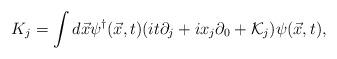
LaTeX: \begin{align*}K_{j} = \int d\vec{x} \psi^{\dag}(\vec{x},t) (i t \partial_{j} + i x_{j} \partial_{0} + {\cal K}_{j} ) \psi(\vec{x},t),\end{align*}